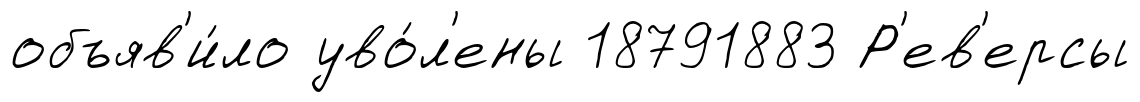
объяв'и́ло уво́л'ены 18791883 Р'ев'ерсы